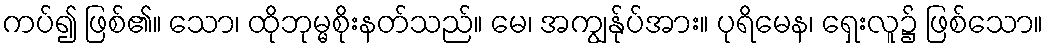
ကပ်၍ ဖြစ်၏။ သော၊ ထိုဘုမ္မစိုးနတ်သည်။ မေ၊ အကျွန်ုပ်အား။ ပုရိမေန၊ ရှေးလူ၌ ဖြစ်သော။